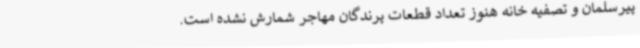
پیرسلمان و تصفیه خانه هنوز تعداد قطعات پرندگان مهاجر شمارش نشده است.